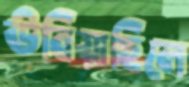
উবিয়াছিলে